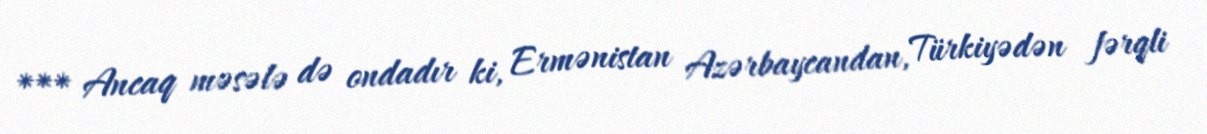
*** Ancaq məsələ də ondadır ki, Ermənistan Azərbaycandan, Türkiyədən fərqli